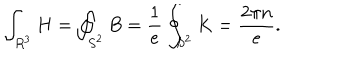
\int _ { R ^ { 3 } } H = \oint _ { S ^ { 2 } } B = \frac { 1 } { e } \oint _ { S ^ { 2 } } K = \frac { 2 \pi n } { e } .